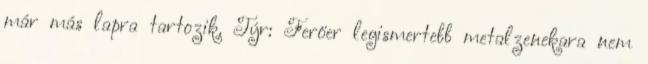
már más lapra tartozik. Týr: Feröer legismertebb metalzenekara nem